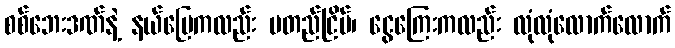
စစ်ဘေးဒဏ်နဲ့ နယ်မြေကလည်း မတည်ငြိမ်၊ ငွေကြေးကလည်း လုံလုံလောက်လောက်